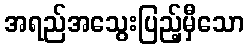
အရည်အသွေးပြည့်မှီသော